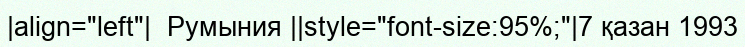
|align="left"|  Румыния ||style="font-size:95%;"|7 қазан 1993